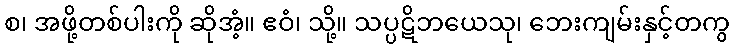
စ၊ အဖို့တစ်ပါးကို ဆိုအံ့။ ဧဝံ၊ သို့။ သပ္ပဋိဘယေသု၊ ဘေးကျမ်းနှင့်တကွ